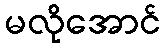
မလိုအောင်